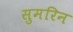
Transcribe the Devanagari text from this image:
सुमरिन